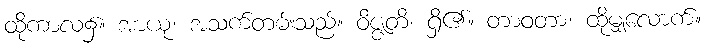
ထိုကာလ၌။ အာယု၊ အသက်တမ်းသည်။ ဝိဇ္ဇတိ၊ ရှိ၏။ တာဝတာ၊ ထိုမျှလောက်။